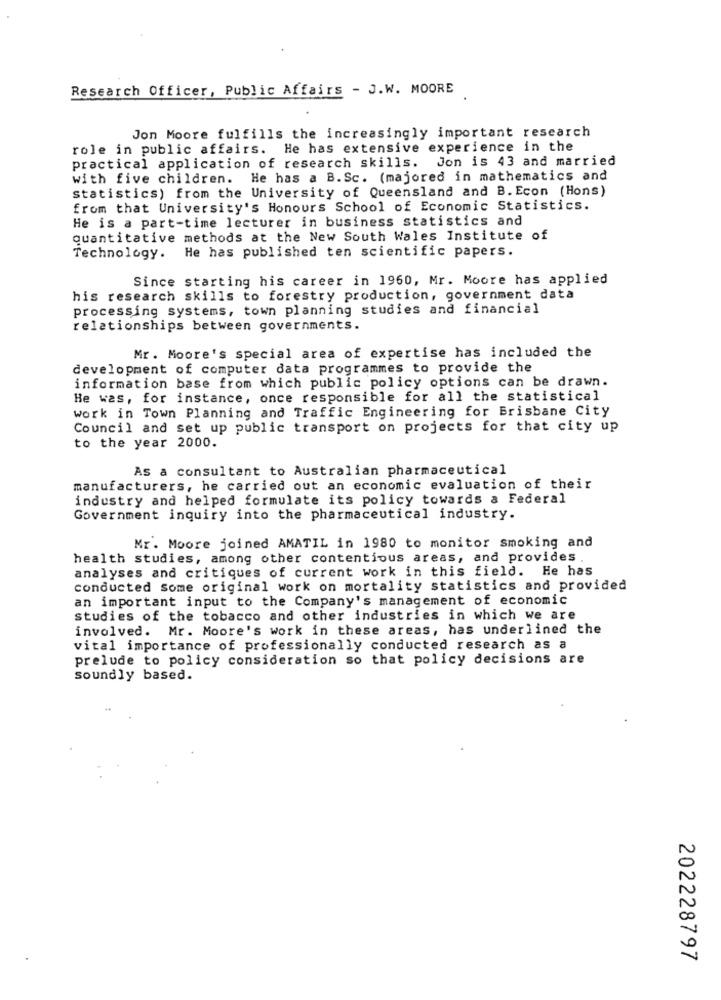
Research Officer, Public Affairs - J.W. MOORE
Jon Moore fulfills the increasingly important research
role in public affairs. He has extensive experience in the
practical application of research skills. Jon is 43 and married
with five children. He has a B.Sc. (majored in mathematics and
Statistics) from the University of Queensland and B. Econ (Hons)
from that University's Honours School of Economic Statistics.
He is a part-time lecturer in business statistics and
quantitative methods at the New South Wales Institute of
Technology. He has published ten scientific papers.
Since starting his career in 1960, Mr. Moore has applied
his research skills to forestry production, government data
processing systems, town planning studies and financial
relationships between governments.
Mr. Moore's special area of expertise has included the
development of computer data programmes to provide the
information base from which public policy options can be drawn.
He was, for instance, once responsible for all the statistical
work in Town Planning and Traffic Engineering for Brisbane City
Council and set up public transport on projects for that city up
to the year 2000.
As a consultant to Australian pharmaceutical
manufacturers, he carried out an economic evaluation of their
industry and helped formulate its policy towards a Federal
Government inquiry into the pharmaceutical industry.
Mr. Moore joined AMATIL in 1980 to monitor smoking and
health studies, among other contentious areas, and provides
analyses and critiques of current work in this field. He has
conducted Some original work on mortality statistics and provided
an important input to the Company's management of economic
studies of the tobacco and other industries in which we are
involved. Mr. Moore's work in these areas, has underlined the
vital importance of professionally conducted research as a
prelude to policy consideration so that policy decisions are
soundly based.
202228797